Annual statistical returns and brief notes on vaccination in Bengal - 1887-1898
Year: 1887
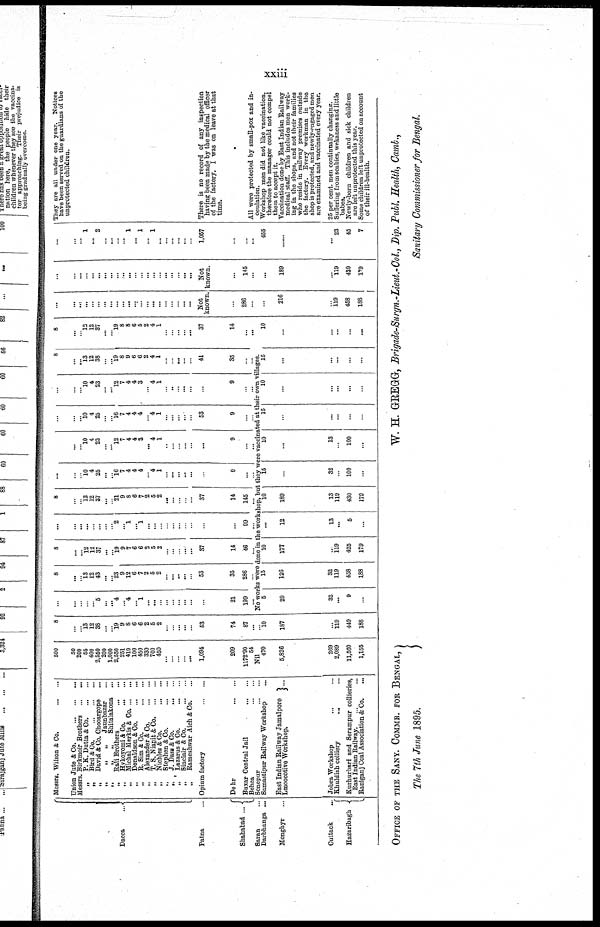
xxiii
Dacca
....
Patna ...
Shahabad ...
Saran
Darbhanga ...
Monghyr ...
Cuttack ...
Hazaribagh
Messrs. Wilson & Co.
...
...
Union Jute & Co.
...
...
...
Messrs. Birkmoir Brothers
...
...
„
P. K. Dutta & Co.
...
...
„
Bird & Co.
...
...
...
„
David & Co. Chooargope
„
„
„
Jannbazar ...
„
„
„
Shitalakona
...
„
Bali Brothers
...
...
„
Hykoyomi & Co.
...
...
„
Michal Merkis & Co. ... ...
„
Donaldson & Co. ... ...
„
R. Sim & Co.
...
...
„
Alexander
&
Co.
„
T. S. Niapit & Co. ... ...
„
Nichles & Co.
...
...
„
Stephen & Co.
...
...
„ J. Dass & Co. ... ...
„
Lazarus & Co.
...
...
„
Sinclair & Co.
...
...
„
Rameshwar Aich & Co. ...
Opium factory
...
...
Dehr
...
...
Buxar Central Jail
...
...
Behea
...
...
Sonepur
...
...
Samastipur Railway Workshop ...
East Indian Railway Jamalpore ...
Lmoocotive Workshop.
...
Jobra Workshop ... ...
Khuldiah colliery
... ...
Kurhurbari and Serampur collieries,
East Indian Railway. ...
Raniganj Coal Association & Co.
...
500
50
200
55
400
2,550
200
1,000
2,550
251
410
100
450
330
700
450
...
...
...
...
...
1,094
209
1172.90
54
Nil
470
5,826
269
2,089
11,560
...
1,155
8
...
... 13
12
38
...
... 19
9
8
6
6
2
5
2
...
...
...
...
...
63
74
87
...
...
10
187
...
119
449
...
188
...
...
...
...
... 5
...
... 4
... 4
... 1
...
...
...
... ...
...
...
...
...
21
199
...
8
...
... 13
12
43
...
... 23
9
12
6
7
2
5
2
...
... ...
...
...
53
35
286
...
8
...
...
12
12
37
...
...
19
9
7
6
6
2
5
2
...
...
...
...
...
37
14
46
...
...
...
...
...
...
...
...
...
2
... 1
...
1
...
...
...
... ...
...
...
...
...
...
99
...
8
...
...
12
12
37
...
...
21
9
8
6
7
2
5
2
... ...
...
...
...
37
14
145
...
...
...
...
10
4
25
...
... 16
7
4
4
4
...
4
1
...
...
...
...
...
...
9
...
...
...
...
... 10
4
23
...
... 12
7
4
4
3
...
4
1
...
...
...
...
...
...
9
...
...
...
...
...
10 4
25
...
...
16
7
4
4
4
... 4
1
...
...
...
...
...
53
9
...
...
...
. ..
... 10
4
23
...
... 12
7
4
4
3
...
4
1
...
...
...
...
...
...
9
...
...
8
...
... 13
12
38
...
... 19
8
9
6
6
2
4
1
...
...
...
...
...
41
35
...
...
No works were done in the workshop, but they were vaccinated at their own villages.
5
29
32
...
9
...
...
15
126
32
119
458
...
188
10
177
...
119
425
...
179
...
12
13
...
5
...
...
10
189
13
119
430
...
179
15
...
32
...
100
...
...
10
...
13
...
100
...
...
15
...
...
...
...
...
...
10
...
...
...
...
...
...
15
...
...
...
...
...
...
8
...
...
13
12
37
...
... 19
8
8
6
5
2
4
1
...
...
...
...
...
37
14
...
...
...
10
...
...
...
...
...
...
...
...
...
...
...
...
...
...
...
...
...
...
...
...
...
...
...
...
...
...
...
Not
known.
...
286
...
...
...
216
...
119
458
...
188
...
...
...
...
...
...
...
...
...
...
...
...
...
...
...
...
... ...
...
...
...
Not
known.
...
145
...
...
...
189
...
119
430
...
179
...
...
... 1
...
2
...
...
...
... 1
... 1
...
1
...
...
...
...
...
...
1,057
...
...
...
...
455
......
...
23
45
...
7
They are all under one year. Notices
have been served on the guardians of the
unprotected children.
There is no record of any inspection
having been made by the medical officer
of the factory. I was on leave at that
time.
All were protected by small-pox and in-
oculation.
Workshop men did not like vaccination,
therefore the manager could not compel
them to accept it.
Vaccination done by East Indian Railway
medical staff. This includes men work-
ing in the shops, and not their families
who reside in railway premises outside
the factory. Every workman in the
shop is protected, and newly-engaged men
are examined and vaccinated every year.
25 per cent. men continually changing.
Suffering from scabies, wekaness and little
babes.
Newly-born children and sick children
are left unprotected this year.
Some children left unprotected on account
of their ill-health.
OFFICE OF THE SANY. COMMR. FOR BENGAL,
The 7th June 1895.
W. H. GREGG, Brigade-Surgn.-Lieut.-Col., Dip. Publ. Health, Camb.,
Sanitary Commissioner for Bengal.